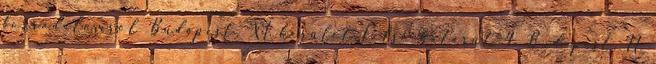
forradalomról Budapest, XI. kerület Felső határút 4. Budapest, II.